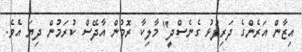
އިޒާން އަރެންގެ ދަރިފުޅު ގެނެސްދީ" މާލިކާ ރޮމުން އާދޭސް ކުރަމުން ދިޔަ އެވެ.